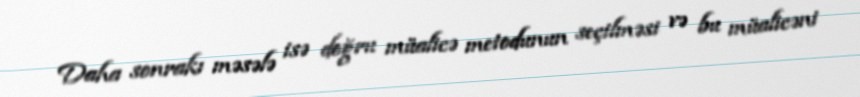
Daha sonrakı məsələ isə doğru müalicə metodunun seçilməsi və bu müalicəni